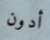
أدون